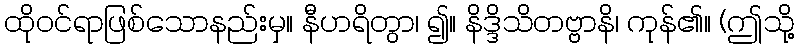
ထိုဝင်ရာဖြစ်သောနည်းမှ။ နီဟရိတွာ၊ ၍။ နိဒ္ဒိသိတဗ္ဗာနိ၊ ကုန်၏။ (ဤသို့